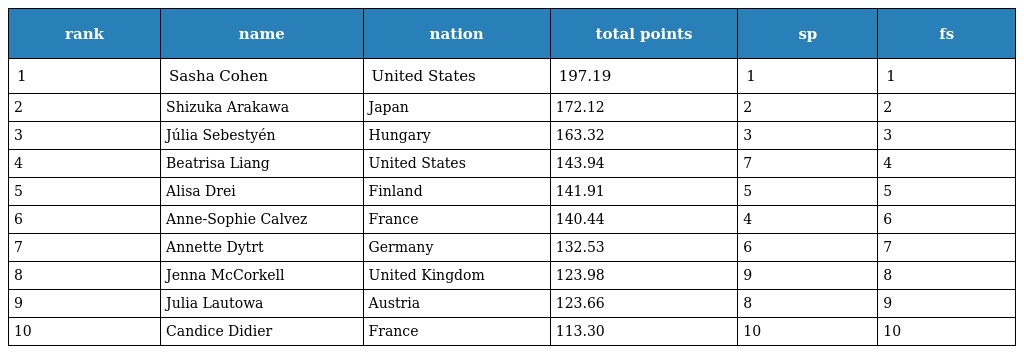
| rank | name | nation | total points | sp | fs |
 | --- | --- | --- | --- | --- | --- |
 | 1 | Sasha Cohen | United States | 197.19 | 1 | 1 |
 | 2 | Shizuka Arakawa | Japan | 172.12 | 2 | 2 |
 | 3 | Júlia Sebestyén | Hungary | 163.32 | 3 | 3 |
 | 4 | Beatrisa Liang | United States | 143.94 | 7 | 4 |
 | 5 | Alisa Drei | Finland | 141.91 | 5 | 5 |
 | 6 | Anne-Sophie Calvez | France | 140.44 | 4 | 6 |
 | 7 | Annette Dytrt | Germany | 132.53 | 6 | 7 |
 | 8 | Jenna McCorkell | United Kingdom | 123.98 | 9 | 8 |
 | 9 | Julia Lautowa | Austria | 123.66 | 8 | 9 |
 | 10 | Candice Didier | France | 113.30 | 10 | 10 |